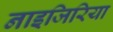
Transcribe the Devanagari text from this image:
नाइजिरिया